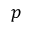
p